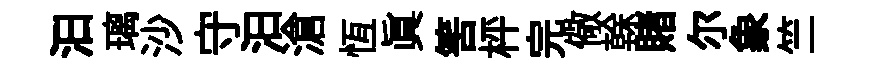
汩璃沙守汩滄恆眞筈枰完儆𠏉賭尔象竺